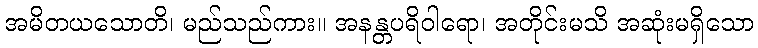
အမိတယသောတိ၊ မည်သည်ကား။ အနန္တပရိဝါရော၊ အတိုင်းမသိ အဆုံးမရှိသော